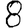
Digit: 8